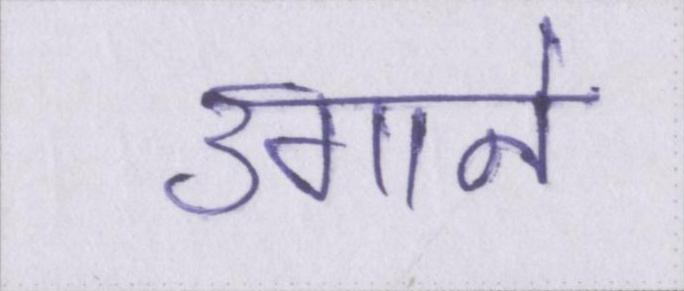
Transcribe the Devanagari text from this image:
उगाने